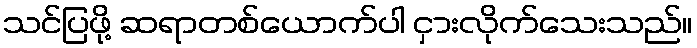
သင်ပြဖို့ ဆရာတစ်ယောက်ပါ ငှားလိုက်သေးသည်။